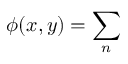
\phi ( x , y ) = \sum _ { n }